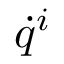
{ \dot { q } } ^ { i }